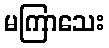
မကြာသေး